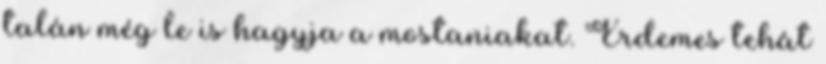
talán még le is hagyja a mostaniakat. Érdemes tehát